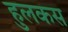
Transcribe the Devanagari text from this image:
हुलकस